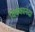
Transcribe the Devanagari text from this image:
विवेकानंदा